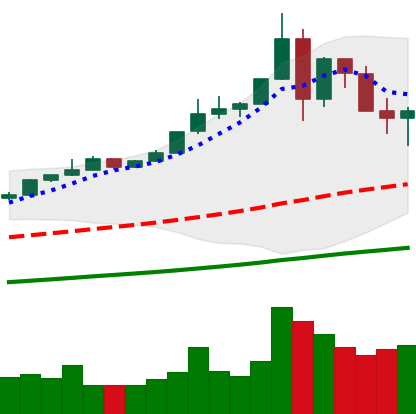
Ticker: BTC-USD
Chart end date: 2019-07-02
Forward return: 6.01%
Label: up_5_7